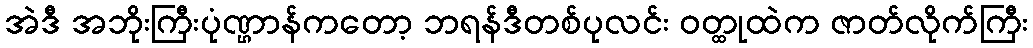
အဲဒီ အဘိုးကြီးပုံဏ္ဌာန်ကတော့ ဘရန်ဒီတစ်ပုလင်း ဝတ္ထုထဲက ဇာတ်လိုက်ကြီး